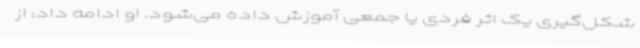
شکل‌گیری یک اثر فردی یا جمعی آموزش داده می‌شود. او ادامه داد: از